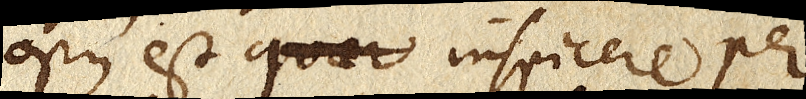
opus est quae inspicere per